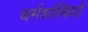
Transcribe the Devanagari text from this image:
धर्मशस्त्रियों